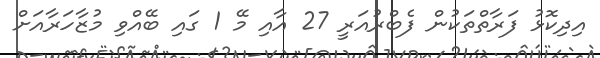
އިދިކޮޅު ފަރާތްތަކުން ފެބްރުއަރީ 27 އާއި މޭ 1 ގައި ބޭއްވި މުޒާހަރާއަށް